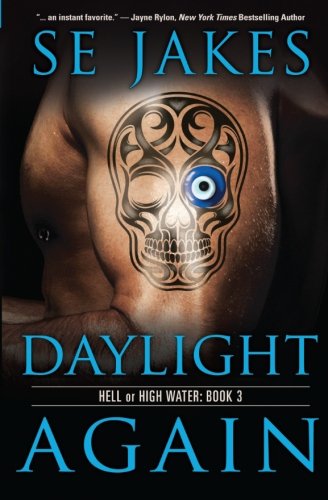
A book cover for Daylight Again (Hell or High Water) (Volume 3); SE Jakes; Romance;